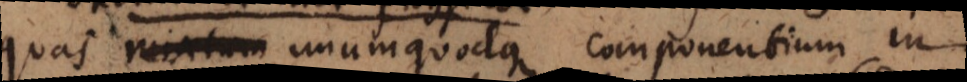
quas mixtum unumquodque componentium in